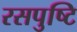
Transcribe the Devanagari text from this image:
रसपुष्टि